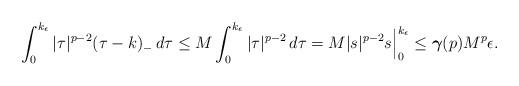
LaTeX: \begin{align*}\int_{0}^{k_\epsilon} |\tau|^{p-2}(\tau-k)_-\,d\tau\leq M\int_{0}^{k_\epsilon}|\tau|^{p-2}\,d\tau=M |s|^{p-2} s\Big|_{0}^{k_\epsilon}\leq\boldsymbol\gamma (p)M^p\epsilon.\end{align*}